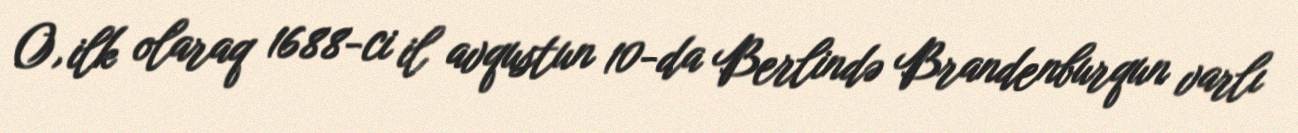
O, ilk olaraq 1688-ci il avqustun 10-da Berlində Brandenburqun varlı